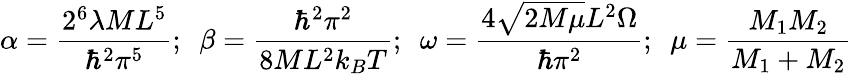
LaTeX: \alpha=\frac{2^{6}\lambda ML^{5}}{\hbar^{2}\pi^{5}};\ \ \beta=\frac{\hbar^{2}\pi^{2}}{8ML^{2}k_{B}T};\ \ \omega=\frac{4\sqrt{2M\mu}L^{2}\Omega}{\hbar\pi^{2}};\ \ \mu=\frac{M_{1}M_{2}}{M_{1}+M_{2}}